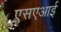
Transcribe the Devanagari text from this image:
एसएआई